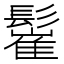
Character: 𩮴